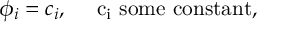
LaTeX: \phi _ { i } = c _ { i } , \quad \mathrm { ~ c _ { i } ~ s o m e ~ c o n s t a n t } ,